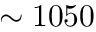
\sim 1 0 5 0